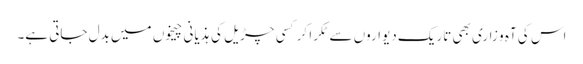
اس کی آہ و زاری بھی تاریک دیواروں سے ٹکرا کر کسی چڑیل کی ہذیانی چیخوں میں بدل جاتی ہے۔